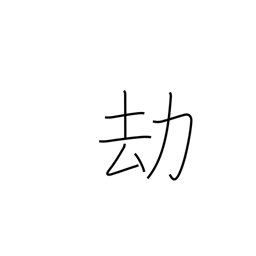
Meaning: long ages